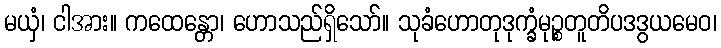
မယှံ၊ ငါအား။ ကထေန္တော၊ ဟောသည်ရှိသော်။ သုခံဟောတုဒုက္ခံမုဉ္စတူတိပဒဒွယမေဝ၊